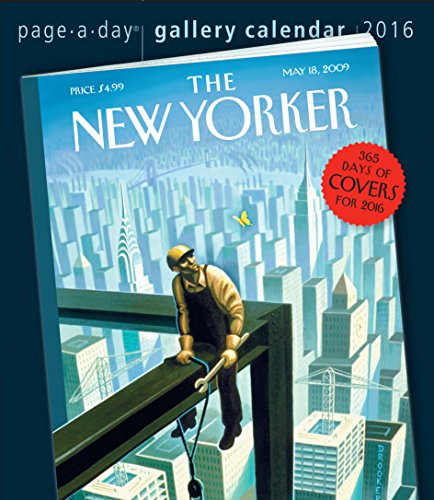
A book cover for The New Yorker 365 Days of Covers Page-A-Day Gallery Calendar 2016; Workman Publishing; Calendars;